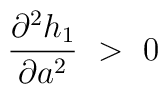
{{\partial^2 h_1}\over{\partial a^2}}\ >\ 0